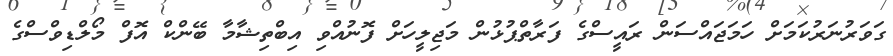
ގަވަރުނަރުކަމަށް ހަމަޖައްސަން ރައީސްގެ ފަރާތްޕުޅުން މަޖިލީހަށް ފޮނުއްވި އިބްތިޝާމާ ބޭންކް އޮފް މޯލްޑިވްސްގެ